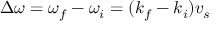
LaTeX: \Delta \omega = \omega _ { f } - \omega _ { i } = ( k _ { f } - k _ { i } ) v _ { s }